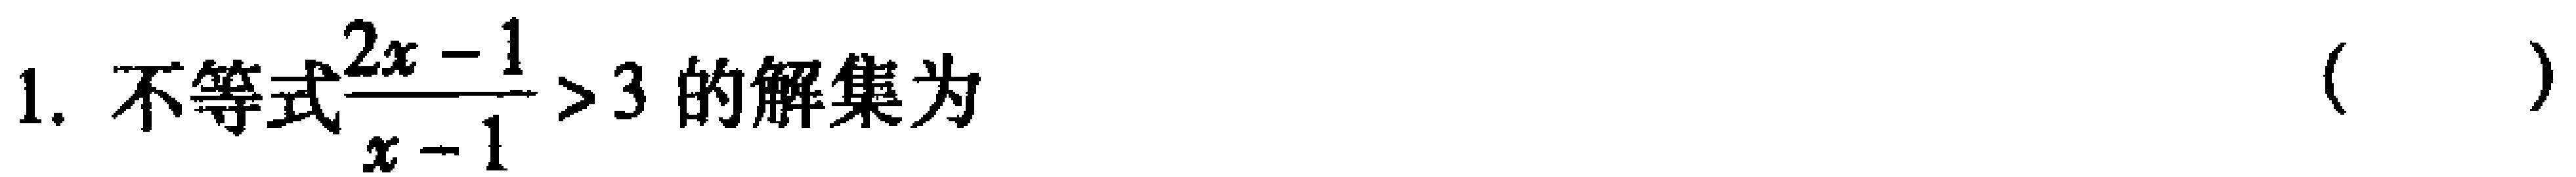
1. 不等式$\frac{2x - 1}{x - 1} > 3$的解集为 （  ）